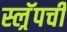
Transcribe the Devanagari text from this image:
स्ल्रॅपची